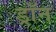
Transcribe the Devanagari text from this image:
ड्रॉन